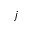
j